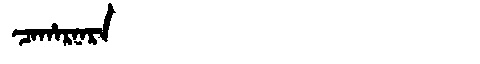
Manchu: ᠴᠠᡥᠠᡵᠨᠠᡵᠠ
Romanization: CAHARNARA